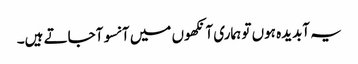
یہ آبدیدہ ہوں تو ہماری آنکھوں میں آنسو آجاتے ہیں۔